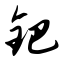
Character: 钯